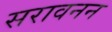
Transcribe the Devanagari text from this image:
सरावनन